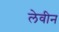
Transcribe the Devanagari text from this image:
लेवीन